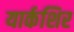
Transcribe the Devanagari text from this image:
यार्कशिर